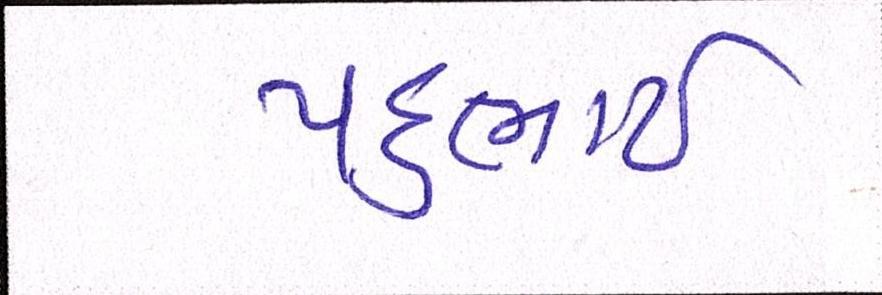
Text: પદુભાઈ